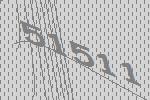
51511